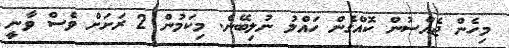
މިހެން ޖެއްސުން ކޮއްގެން ހައްލު ނުލިބޭނެ. މިކަމުން 2 ރަށަށް ވެސް ވާނީ